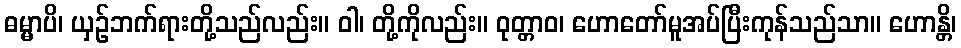
ဓမ္မာပိ၊ ယှဉ်ဘက်ရားတို့သည်လည်း။ ဝါ၊ တို့ကိုလည်း။ ဝုတ္တာဝ၊ ဟောတော်မူအပ်ပြီးကုန်သည်သာ။ ဟောန္တိ၊